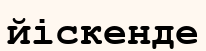
йіскенде